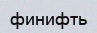
финифть